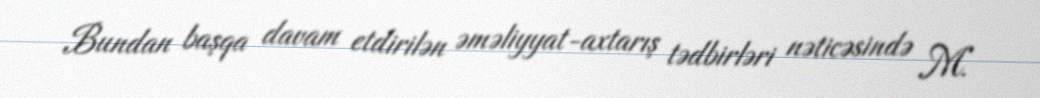
Bundan başqa davam etdirilən əməliyyat-axtarış tədbirləri nəticəsində M.